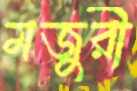
মজুরী